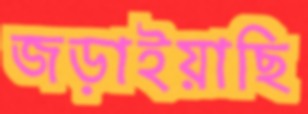
জড়াইয়াছি